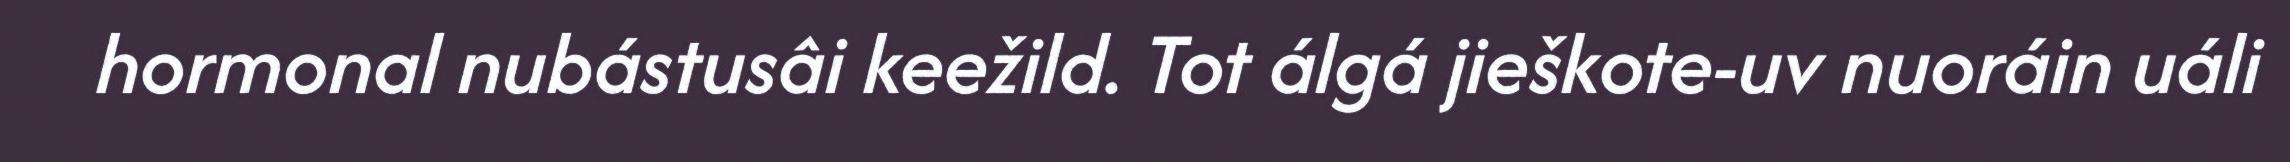
hormonal nubástusâi keežild. Tot álgá jieškote-uv nuoráin uáli